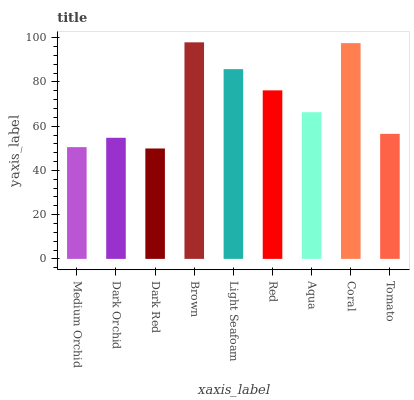
| xaxis_label | bars |
 | --- | --- |
 | Medium Orchid | 50.5 |
 | Dark Orchid | 54.8 |
 | Dark Red | 49.9 |
 | Brown | 97.9 |
 | Light Seafoam | 85.8 |
 | Red | 76.2 |
 | Aqua | 66.3 |
 | Coral | 97.6 |
 | Tomato | 56.5 |